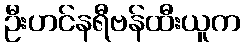
ဦးဟင်နရီဗန်ထီးယူက